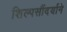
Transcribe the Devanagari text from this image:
शिल्पसौंदर्याने